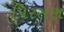
પિરસણ